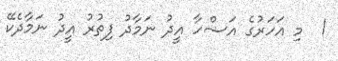
1  މި އަހަރުގެ އަޟްހާ އީދު ނަމާދު ފިތުރު އީދު ނަމާދެކޭ